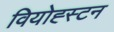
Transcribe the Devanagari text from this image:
वियोह्स्टन